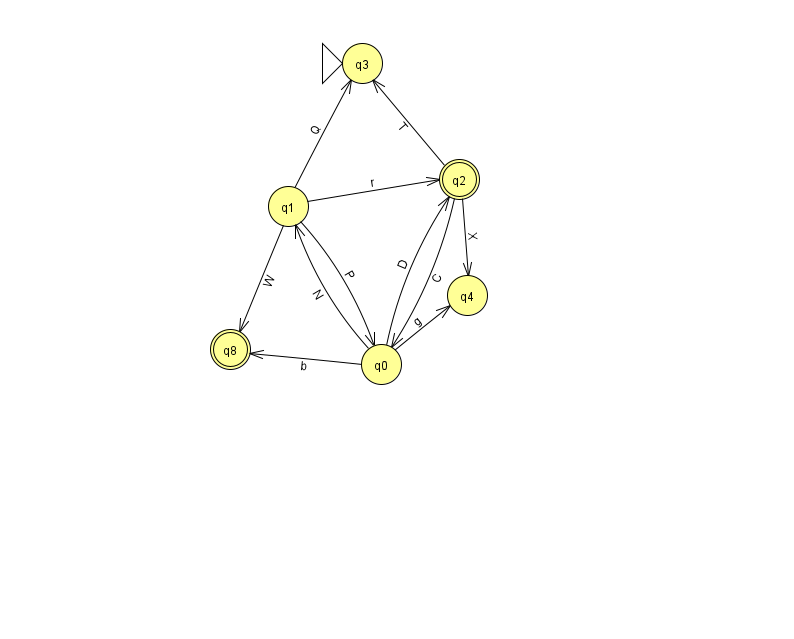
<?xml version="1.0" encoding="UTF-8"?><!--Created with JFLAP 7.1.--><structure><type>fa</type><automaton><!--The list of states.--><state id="0" name="q0"><x>381.0</x><y>351.0</y></state><state id="1" name="q1"><x>288.0</x><y>193.0</y></state><state id="2" name="q2"><x>459.0</x><y>166.0</y><final/></state><state id="3" name="q3"><x>362.0</x><y>50.0</y><initial/></state><state id="4" name="q4"><x>467.0</x><y>282.0</y></state><state id="8" name="q8"><x>230.0</x><y>336.0</y><final/></state><!--The list of transitions.--><transition><from>1</from><to>0</to><read>P</read></transition><transition><from>2</from><to>3</to><read>T</read></transition><transition><from>1</from><to>3</to><read>Q</read></transition><transition><from>1</from><to>2</to><read>r</read></transition><transition><from>1</from><to>8</to><read>W</read></transition><transition><from>2</from><to>0</to><read>C</read></transition><transition><from>2</from><to>4</to><read>X</read></transition><transition><from>0</from><to>2</to><read>D</read></transition><transition><from>0</from><to>4</to><read>g</read></transition><transition><from>0</from><to>8</to><read>b</read></transition><transition><from>0</from><to>1</to><read>N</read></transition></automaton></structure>